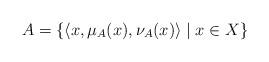
LaTeX: \begin{align*} A = \{ \left<x, \mu_A(x), \nu_A(x) \right> \mid x\in X \}\end{align*}